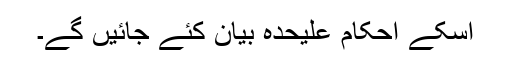
اسکے احکام علیحدہ بیان کئے جائیں گے۔